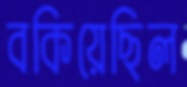
বকিয়েছিল